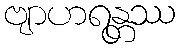
ဗျာဟရန္တဿ